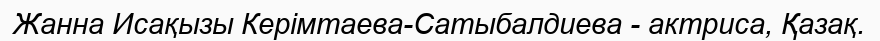
Жанна Исақызы Керімтаева-Сатыбалдиева - актриса, Қазақ.